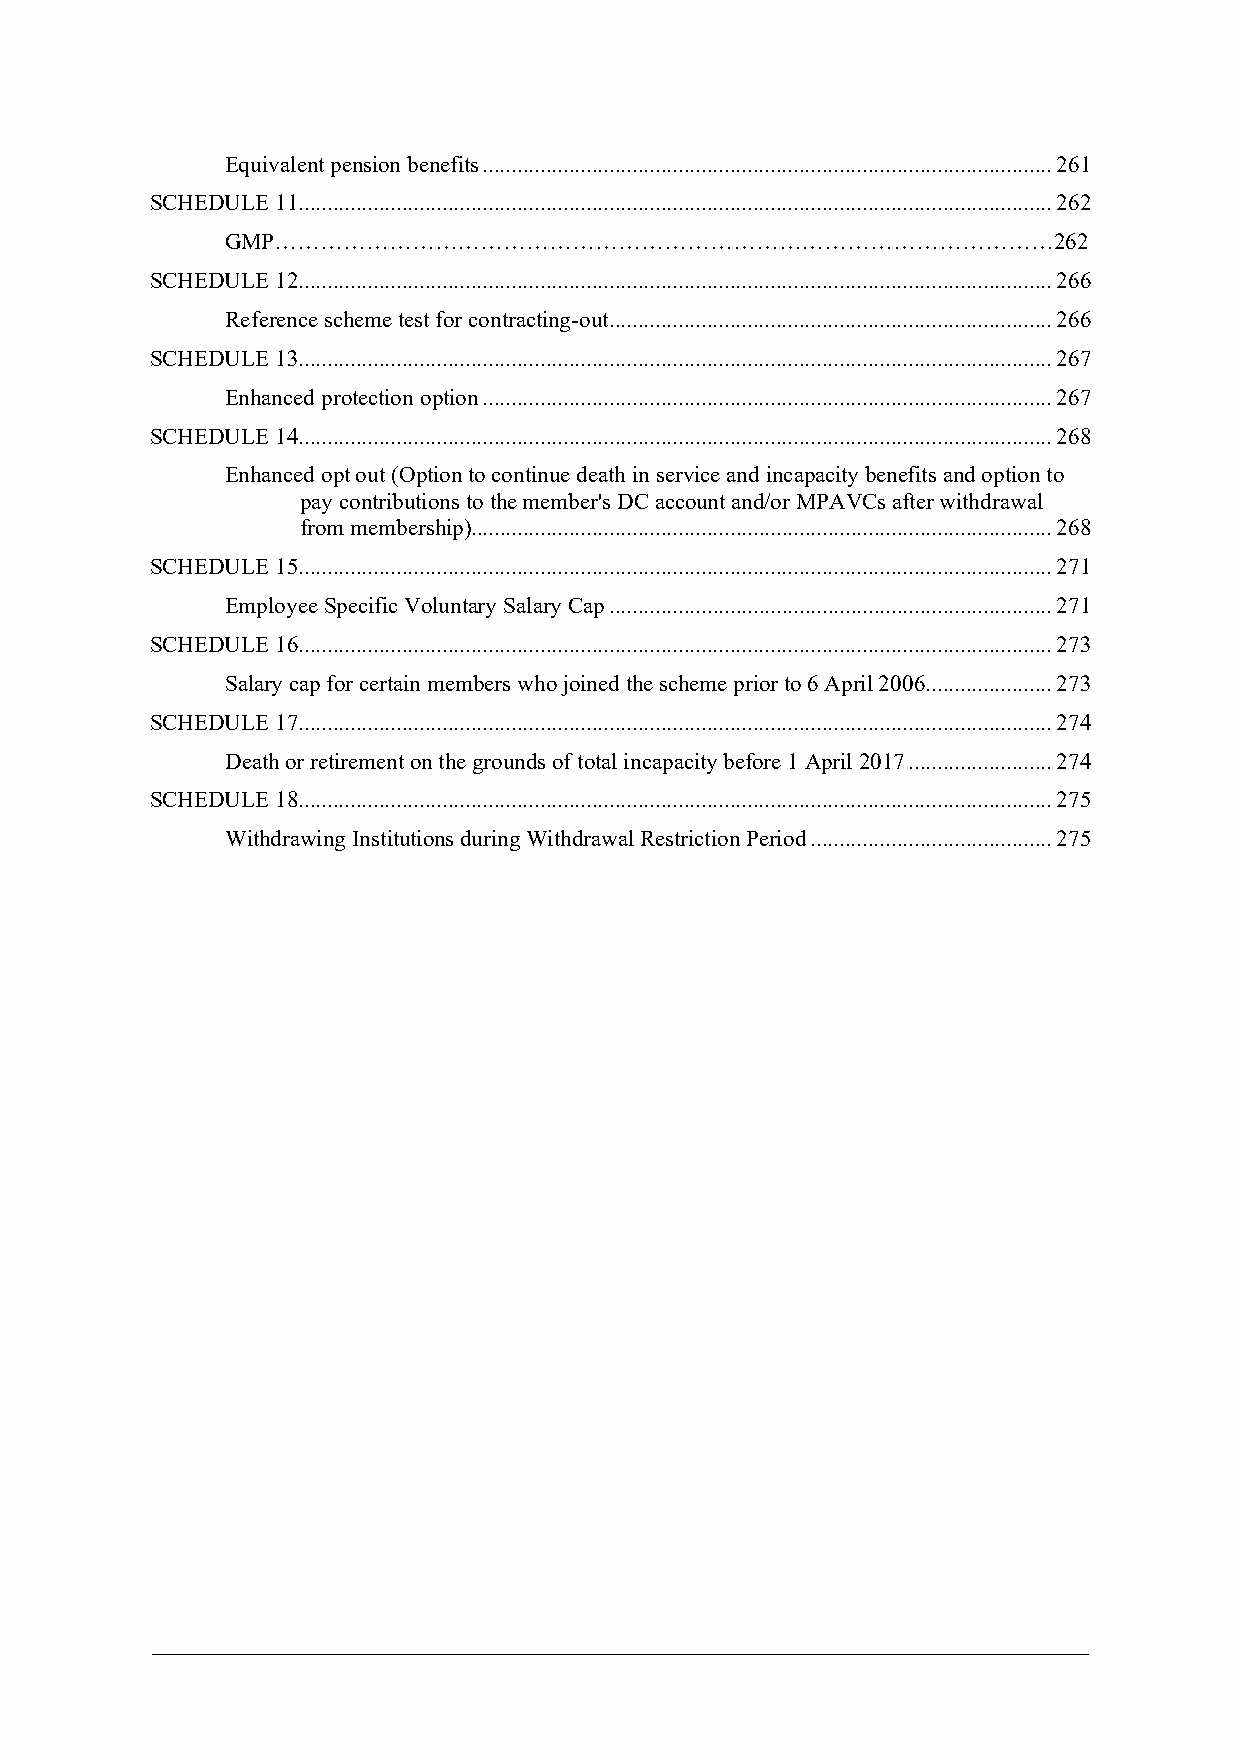
Equivalent pension benefits ................................................................................................... 261
 SCHEDULE 11 ................................................................................................................................... 262
 GMP…………………………………………………………………………………………262
 SCHEDULE 12 ................................................................................................................................... 266
 Reference scheme test for contracting-out ............................................................................. 266
 SCHEDULE 13 ................................................................................................................................... 267
 Enhanced protection option ................................................................................................... 267
 SCHEDULE 14 ................................................................................................................................... 268
 Enhanced opt out (Option to continue death in service and incapacity benefits and option to
 pay contributions to the member's DC account and/or MPAVCs after withdrawal
 from membership) ..................................................................................................... 268
 SCHEDULE 15 ................................................................................................................................... 271
 Employee Specific Voluntary Salary Cap ............................................................................. 271
 SCHEDULE 16 ................................................................................................................................... 273
 Salary cap for certain members who joined the scheme prior to 6 April 2006 ...................... 273
 SCHEDULE 17 ................................................................................................................................... 274
 Death or retirement on the grounds of total incapacity before 1 April 2017 ......................... 274
 SCHEDULE 18 ................................................................................................................................... 275
 Withdrawing Institutions during Withdrawal Restriction Period .......................................... 275